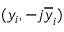
( y _ { i } , - j \overline { { y } } _ { i } )